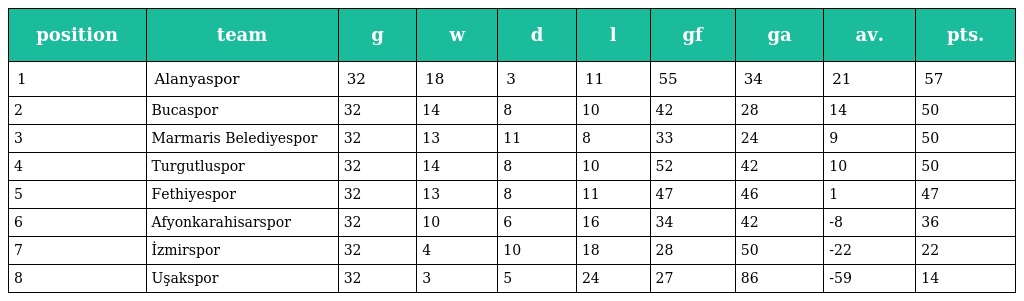
| position | team | g | w | d | l | gf | ga | av. | pts. |
 | --- | --- | --- | --- | --- | --- | --- | --- | --- | --- |
 | 1 | Alanyaspor | 32 | 18 | 3 | 11 | 55 | 34 | 21 | 57 |
 | 2 | Bucaspor | 32 | 14 | 8 | 10 | 42 | 28 | 14 | 50 |
 | 3 | Marmaris Belediyespor | 32 | 13 | 11 | 8 | 33 | 24 | 9 | 50 |
 | 4 | Turgutluspor | 32 | 14 | 8 | 10 | 52 | 42 | 10 | 50 |
 | 5 | Fethiyespor | 32 | 13 | 8 | 11 | 47 | 46 | 1 | 47 |
 | 6 | Afyonkarahisarspor | 32 | 10 | 6 | 16 | 34 | 42 | -8 | 36 |
 | 7 | İzmirspor | 32 | 4 | 10 | 18 | 28 | 50 | -22 | 22 |
 | 8 | Uşakspor | 32 | 3 | 5 | 24 | 27 | 86 | -59 | 14 |